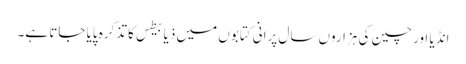
انڈیا اور چین کی ہزاروں سال پرانی کتابوں میں ذیابیطس کا تذکرہ پایا جاتا ہے۔